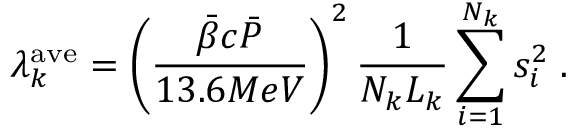
\lambda _ { k } ^ { \mathrm { a v e } } = \left( \frac { \bar { \beta } c \bar { P } } { 1 3 . 6 M e V } \right) ^ { 2 } \frac { 1 } { N _ { k } L _ { k } } \sum _ { i = 1 } ^ { N _ { k } } { s _ { i } ^ { 2 } } \; .